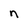
Character: n